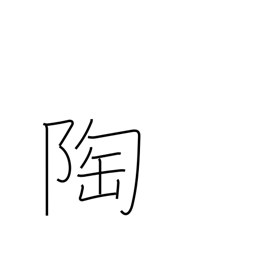
Meaning: pottery